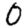
Digit: 0